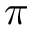
\pi